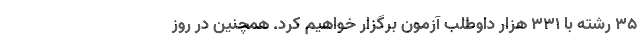
۳۵ رشته با ۳۳۱ هزار داوطلب آزمون برگزار خواهیم کرد. همچنین در روز